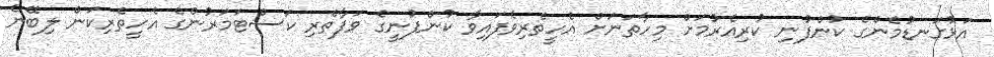
އަޅުގަނޑުމެންގެ ކުންފުނި ކުރިއެރުމަށް މިހާތަނަށް އެހީތެރިވެފައިވާ ކުންފުނީގެ ވަފާތެރި ކަސްޓަމަރުންގެ އެހީތެރިކަން ލިބޭނެ